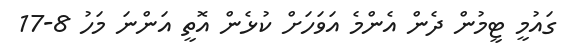
ގައުމީ ޓީމުން ދެން އެންމެ އަަވަހަށް ކުޅެން އޮތީ އަންނަ މަހު 8-17